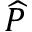
\widehat P